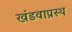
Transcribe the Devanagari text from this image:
खंडवाप्रस्थ